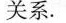
关系。